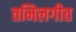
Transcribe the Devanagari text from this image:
तमिलगीत